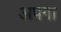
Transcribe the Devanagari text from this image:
अपगा